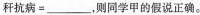
秆抗病=_______，则同学甲的假说正确。